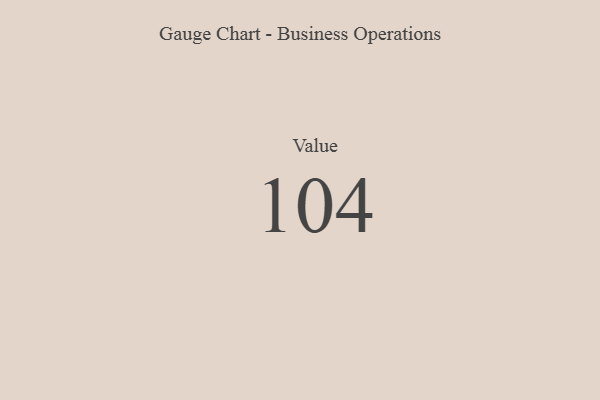
{"axis": {"x": "Metric", "y": "Value"}, "legend": [""], "data": [{"x": "Value", "y": 104, "type": ""}]}